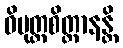
ဝိမုတ္တစိတ္တာနန္တိ